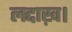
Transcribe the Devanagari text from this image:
लद्दाख़।